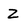
Character: z